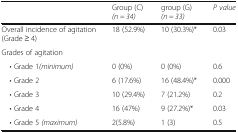
<table><thead><tr><td></td><td><b>Group (C)<i>(n = 34)</i></b></td><td><b>group (G)<i>(n = 33)</i></b></td><td><b><i>P value</i></b></td></tr></thead><tbody><tr><td>Overall incidence of agitation (Grade ≥ 4)</td><td>18 (52.9%)</td><td>10 (30.3%)*</td><td>0.03</td></tr><tr><td colspan="4">Grades of agitation</td></tr><tr><td> • Grade 1<i>(minimum)</i></td><td>0 (0%)</td><td>0 (0%)</td><td>0.6</td></tr><tr><td> • Grade 2</td><td>6 (17.6%)</td><td>16 (48.4%)*</td><td>0.000</td></tr><tr><td> • Grade 3</td><td>10 (29.4%)</td><td>7 (21.2%)</td><td>0.2</td></tr><tr><td> • Grade 4</td><td>16 (47%)</td><td>9 (27.2%)*</td><td>0.03</td></tr><tr><td> • Grade 5 <i>(maximum)</i></td><td>2(5.8%)</td><td>1 (3)</td><td>0.5</td></tr></tbody></table>